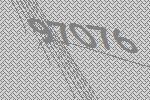
97076